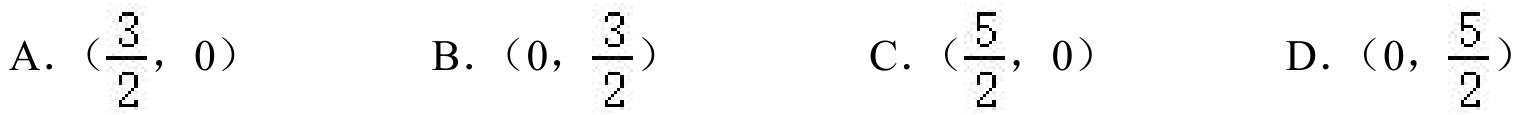
A. \((\frac{3}{2},0)\)  B. \((0,\frac{3}{2})\)  C. \((\frac{5}{2},0)\)  D. \((0,\frac{5}{2})\)